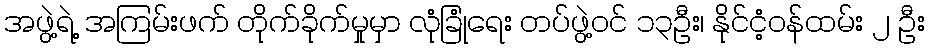
အဖွဲ့ရဲ့ အကြမ်းဖက် တိုက်ခိုက်မှုမှာ လုံခြုံရေး တပ်ဖွဲ့ဝင် ၁၃ဦး၊ နိုင်ငံ့ဝန်ထမ်း ၂ ဦး